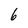
Character: 6